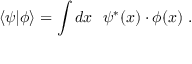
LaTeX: \langle \psi | \phi \rangle = \int d x ~ ~ \psi ^ { * } ( x ) \cdot \phi ( x ) ~ .